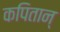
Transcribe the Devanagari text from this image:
कपितान्